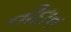
નીદાન